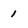
Character: 1